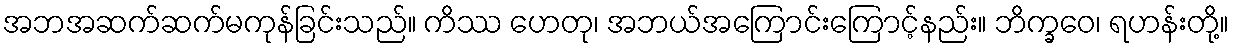
အဘအဆက်ဆက်မကုန်ခြင်းသည်။ ကိဿ ဟေတု၊ အဘယ်အကြောင်းကြောင့်နည်း။ ဘိက္ခဝေ၊ ရဟန်းတို့။